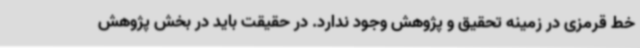
خط قرمزی در زمینه تحقیق و پژوهش وجود ندارد. در حقیقت باید در بخش پژوهش